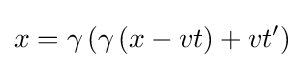
x=\gamma \left(\gamma \left(x-vt\right)+vt'\right)